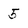
Character: 5